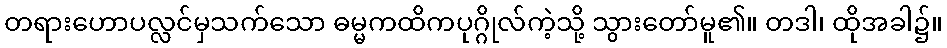
တရားဟောပလ္လင်မှသက်သော ဓမ္မကထိကပုဂ္ဂိုလ်ကဲ့သို့ သွားတော်မူ၏။ တဒါ၊ ထိုအခါ၌။